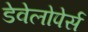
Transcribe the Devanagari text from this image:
डेवेलोपेर्स